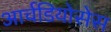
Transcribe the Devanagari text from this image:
आर्चडियोसेस